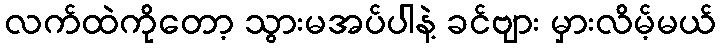
လက်ထဲကိုတော့ သွားမအပ်ပါနဲ့ ခင်ဗျား မှားလိမ့်မယ်